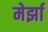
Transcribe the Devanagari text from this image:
मेर्झा